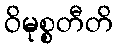
ဝိမုစ္စတီတိ